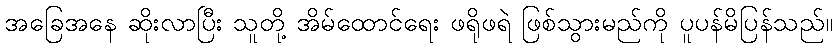
အခြေအနေ ဆိုးလာပြီး သူတို့ အိမ်ထောင်ရေး ဖရိုဖရဲ ဖြစ်သွားမည်ကို ပူပန်မိပြန်သည်။